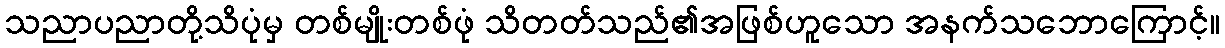
သညာပညာတို့သိပုံမှ တစ်မျိုးတစ်ဖုံ သိတတ်သည်၏အဖြစ်ဟူသော အနက်သဘောကြောင့်။